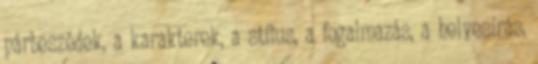
párbeszédek, a karakterek, a stílus, a fogalmazás, a helyesírás,